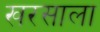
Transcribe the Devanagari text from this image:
खरसाला